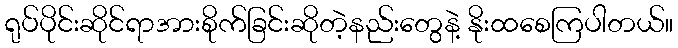
ရုပ်ပိုင်းဆိုင်ရာအားစိုက်ခြင်းဆိုတဲ့နည်းတွေနဲ့ နိုးထစေကြပါတယ်။